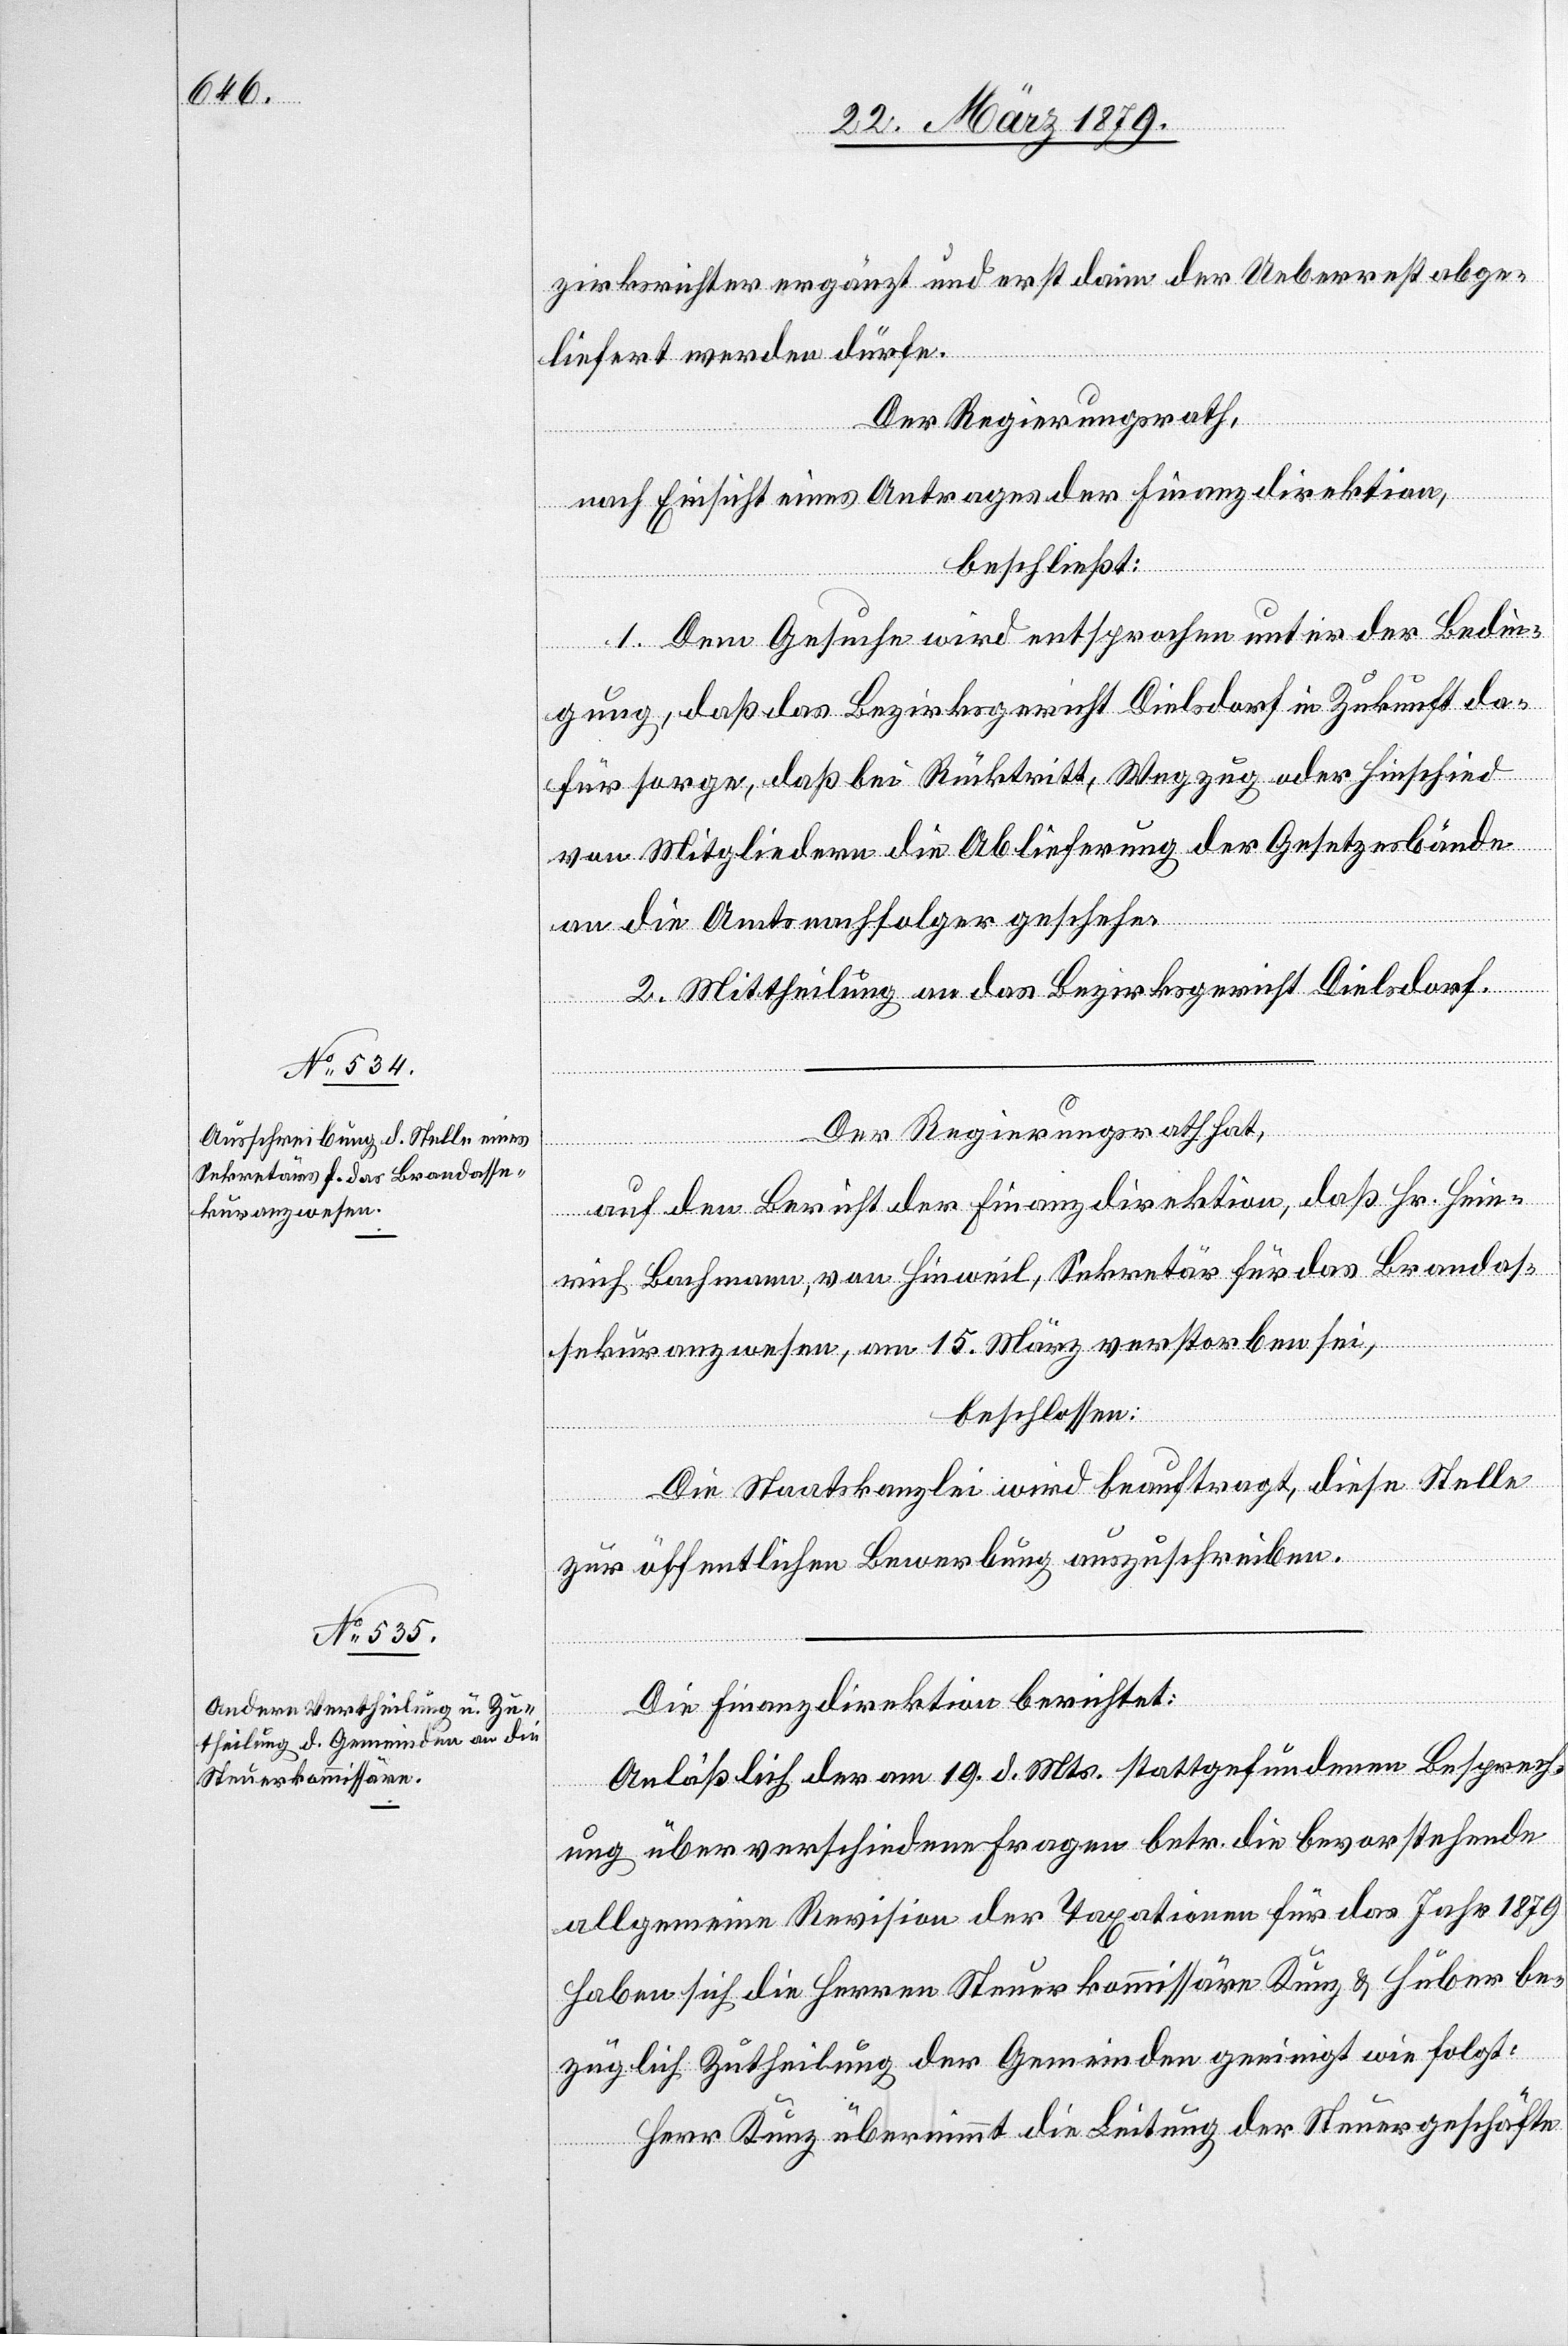
zirksrichter ergänzt und erst dann der Ueberrest abge¬
liefert werden dürfe.
Der Regierungsrath,
nach Einsicht eines Antrages der Finanzdirektion,
beschließt:
1. Dem Gesuche wird entsprochen unter der Bedin¬
gung, daß das Bezirksgericht Dielsdorf in Zukunft da¬
für sorge, daß bei Rücktritt, Wegzug oder Hinschied
von Mitgliedern die Ablieferung der Gesetzesbände
an die Amtsnachfolger geschehe.
2. Mittheilung an das Bezirksgericht Dielsdorf.
Der Regierungsrath hat,
auf den Bericht der Finanzdirektion, daß Hr. Hein¬
rich Bachmann, von Hinweil, Sekretär für das Brandas¬
sekuranzwesen, am 15. März verstorben sei,
beschlossen:
Die Staatskanzlei wird beauftragt, diese Stelle
zur öffentlichen Bewerbung auszuschreiben.
Die Finanzdirektion berichtet:
Anläßlich der am 19. d. Mts. stattgefundenen Besprech¬
ung über verschiedene Fragen betr. die bevorstehende
allgemeine Revision der Taxationen für das Jahr 1879
haben sich die Herren Steuerkommissäre Kunz & Huber be¬
züglich Zutheilung der Gemeinden geeinigt wie folgt:
Herr Kunz übernimmt die Leitung der Steuergeschäfte